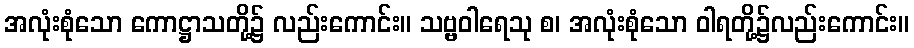
အလုံးစုံသော ကောဋ္ဌာသတို့၌ လည်းကောင်း။ သဗ္ဗဝါရေသု စ၊ အလုံးစုံသော ဝါရတို့၌လည်းကောင်း။